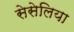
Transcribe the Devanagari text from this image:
सेसेलिया